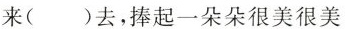
来()去，捧起一朵朵很美很美